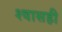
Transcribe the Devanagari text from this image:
श्‍वासही